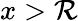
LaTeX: x>\mathcal{R}